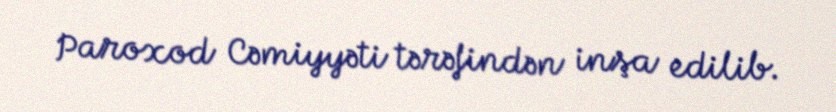
Paroxod Cəmiyyəti tərəfindən inşa edilib.